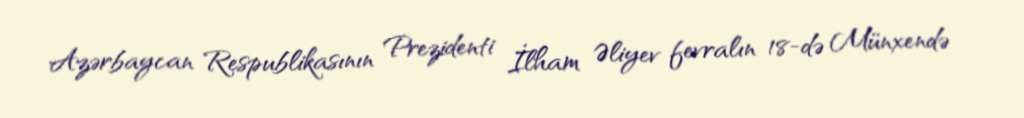
Azərbaycan Respublikasının Prezidenti İlham Əliyev fevralın 18-də Münxendə